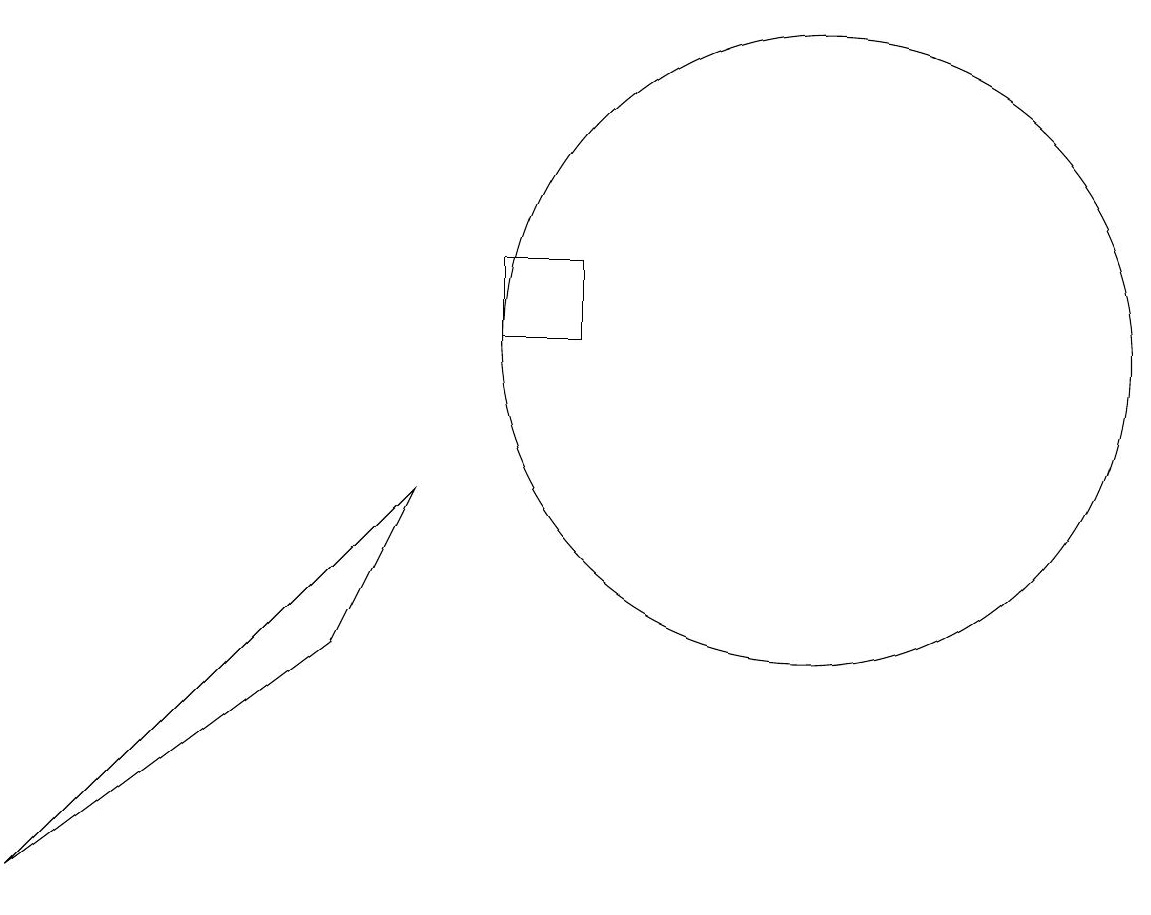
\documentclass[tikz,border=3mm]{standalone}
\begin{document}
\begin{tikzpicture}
\draw (10,11) circle (4);
\draw (6,11) rectangle (7,12);
\draw (0,4) -- (5,9) -- (4,7) -- cycle;
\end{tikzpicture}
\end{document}